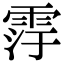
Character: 䨕